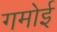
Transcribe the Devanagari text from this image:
गमोई